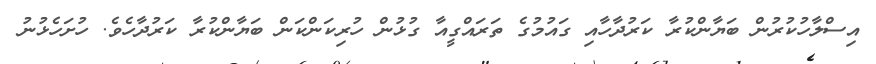
އިސްލާހުކުރުން ބަޔާންކުރާ ކަރުދާހާއި ގައުމުގެ ތަރައްގީއާ ގުޅުން ހުރިކަންކަން ބަޔާންކުރާ ކަރުދާހެވެ. ހުށަހެޅުނު